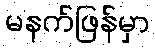
မနက်ဖြန်မှာ